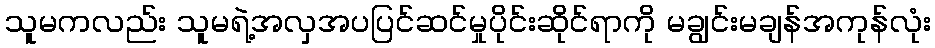
သူမကလည်း သူမရဲ့အလှအပပြင်ဆင်မှုပိုင်းဆိုင်ရာကို မချွင်းမချန်အကုန်လုံး